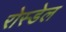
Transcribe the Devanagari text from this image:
रोस्डेल